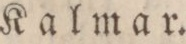
Kalmar.